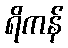
ရိကန်